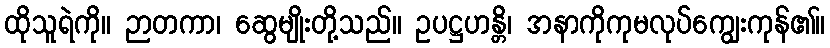
ထိုသူရဲကို။ ဉာတကာ၊ ဆွေမျိုးတို့သည်။ ဥပဋ္ဌဟန္တိ၊ အနာကိုကုမလုပ်ကျွေးကုန်၏။